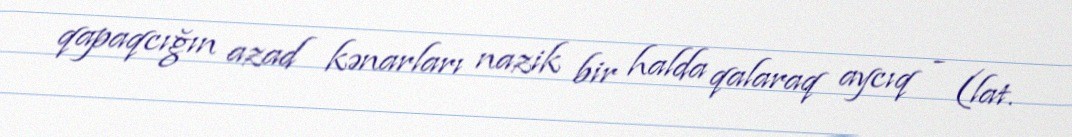
qapaqcığın azad kənarları nazik bir halda qalaraq aycıq - (lat.